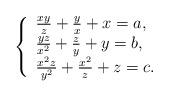
LaTeX: \begin{align*}\left\{\begin{array}{l} \frac{xy}{z} + \frac{y}{x} + x =a, \\ \frac{yz}{x^{2}} + \frac{z}{y} + y =b, \\ \frac{x^{2}z}{y^{2}} + \frac{x^{2}}{z} + z =c.\end{array}\right.\end{align*}